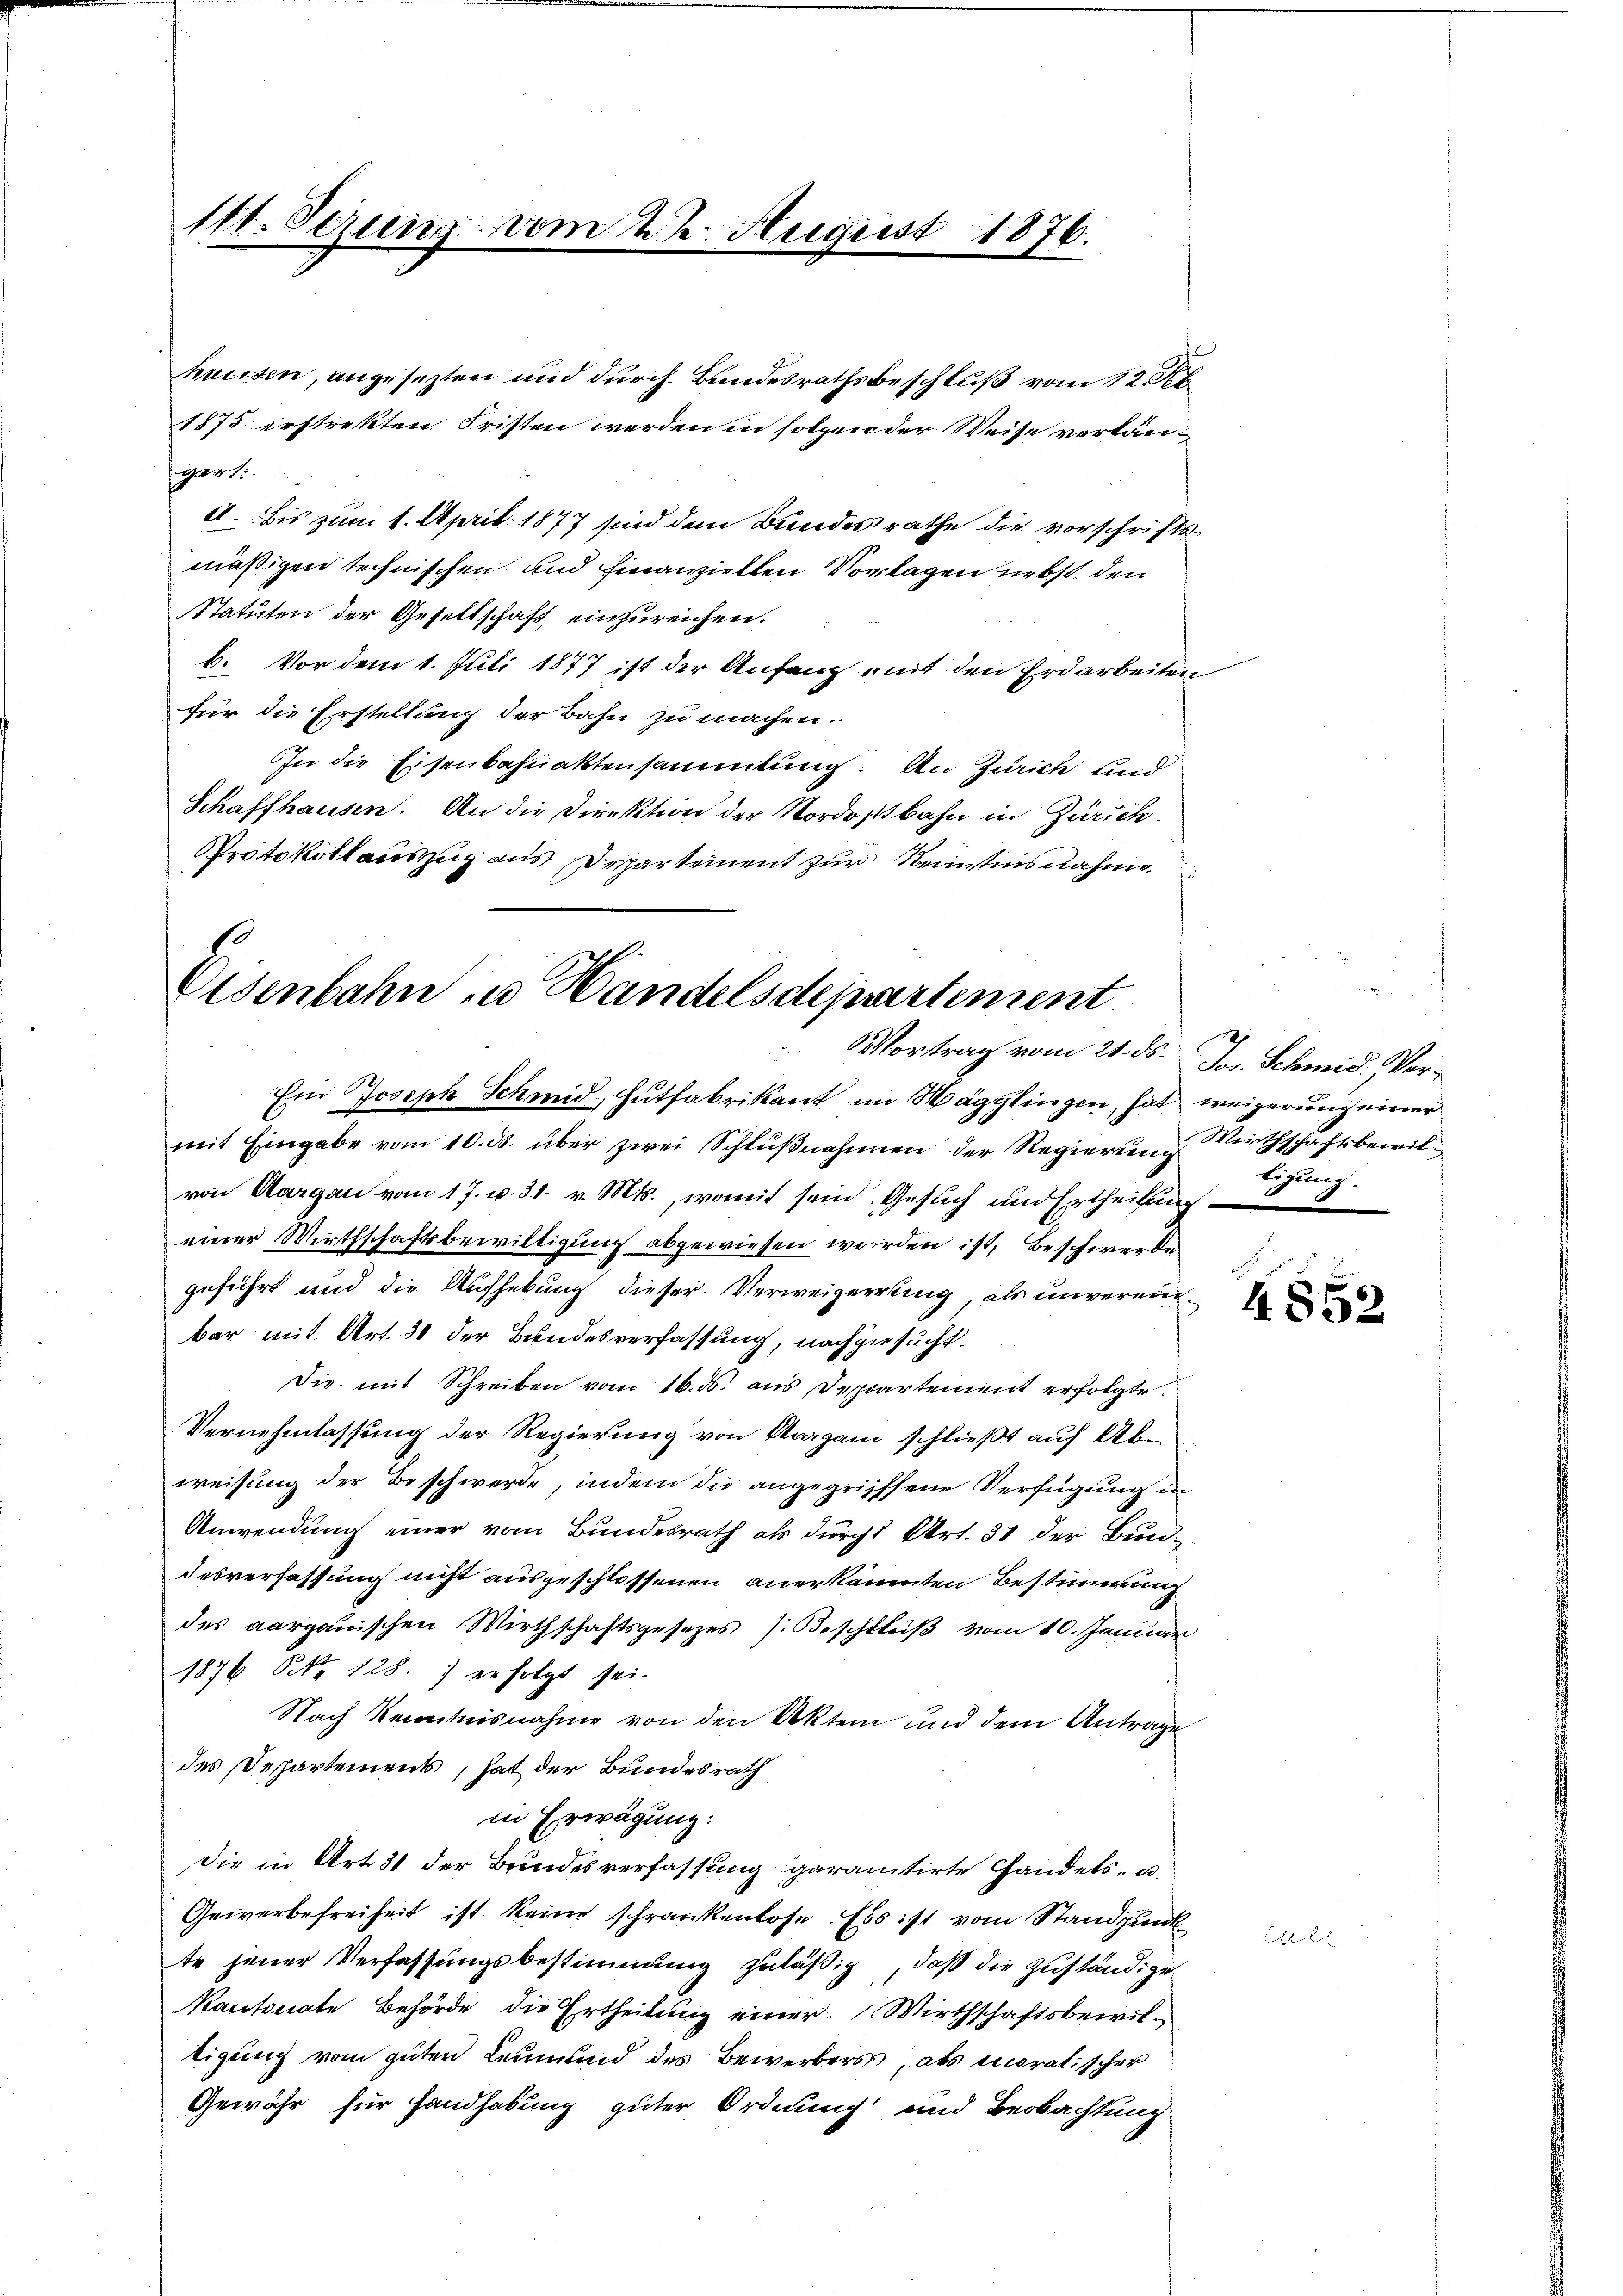
111. Sezung vom 22. August 1876.

huissen, angesezten und durch Bundesrathsbeschluß vom 12. Ab
1875 erstrekten Fristen werden in folgender Weise verlänf 31.
A. bis zum 1. April 1877 sind den Bundesrathe die vorschriftsmäßigen technischen und hinanzielten Vorlagen nebst den
Statuten der Gesellschaft, einzureichen.
b. Vor dem 1. Juli 1877 ist der Anfang mit den Erdarbeiten
für die Erstellung der Bahn zu machen.
In die Eisenbahnaktensammlung. An Zürich und
Schaffhausen. An die Direktion der Nordostbahn in Zürich.
Protokollauszug aus Departement zur Kenntnisnahme
.

isenbahn zu Handelsdepartement
Vortrag vom 21. ds. Jos. Schmid. Ver¬
Ein Joseph Schmid, Hutfabrikant im Mägglingen, hat weigerung einer

mit Eingabe vom 10. ds. über zwei Schlŭβnahmen der Regierung Wirthschaftsbewilvon Aargau vom 17. v. 31. v. Mts., womit sein Gesuch und Ertheilung
einer Wirthschaftsbewilligung abgewiesen worden ist, beschwerden
geführt und die Aufhebung dieser Verweigerung, als unvereinbar mit Art. 30 der Bundesverfassung, nachgesucht.
Die mit Schreiben vom 16. ds. aus Departement erfolgte
Vernehmlassung der Regierung von Aargani schließt auf Abweisung der Beschwerde, indem die angegriffene Verfügung in
Anwendung einer vom Bundesrath als durcht Art. 31 der Bundesverfassung nicht ausgeschlossenen anerkannten Bestimmung
des aargauischen Wirthschaftsgesetzes (Beschluß vom 10. Januar
1876 No 128.) erfolgt sei.
Nach Kenntnisnahme von den Akten und dem Antrage
des Departement, hat der Bundesrath
in Erwägung:
die in Art. 31 der Bundesverfassung garantirte Handels- u.
Geiverbefreiheit ist keine schrankenlose. Es ist vom Standpunkte jener Verfassungsbestimmung zuläßig, daß die Zuständige
Kantonale Behörde die Ertheilung einer Wirthschaftsbewiltigung vom guten Leumund des Bewerbers als moralischer
Gewähr für Handhabung guter Ordnung und Beobachtung

ligung.

4852

C